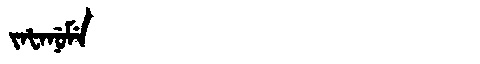
Manchu: ᠵᠠᡶᠠᠨᡠᠮᡝ
Romanization: JAFANUME